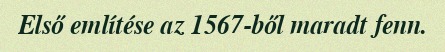
Első említése az 1567-ből maradt fenn.